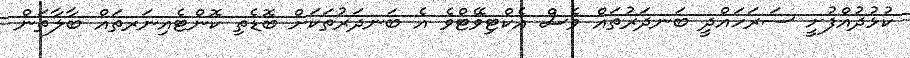
ކުޅުދުއްފުށީ ސަރަހައްދީ ބަނދަރުތައް ވެސް އެކްޓިވޭޓްވެ އެ ބަނދަރުތަކަށް ބޮޑެތި ކޮންޓެއިނަރތައް ބާލާތަން